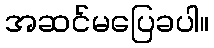
အဆင်မပြေခပါ။